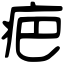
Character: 疤